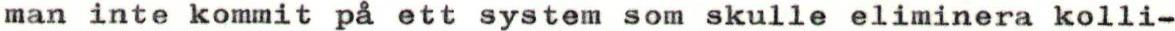
man inte kommit på ett system som skulle eliminera kolli-